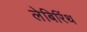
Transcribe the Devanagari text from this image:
लेबिरिंथ